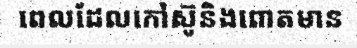
ពេលដែលកៅស៊ូនិងពោតមាន